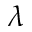
\lambda